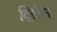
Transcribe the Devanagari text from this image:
ट्रिटीस